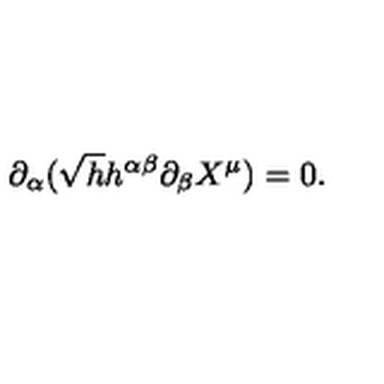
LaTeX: \partial _ { \alpha } ( \sqrt { h } h ^ { \alpha \beta } \partial _ { \beta } X ^ { \mu } ) = 0 .